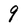
Character: 9